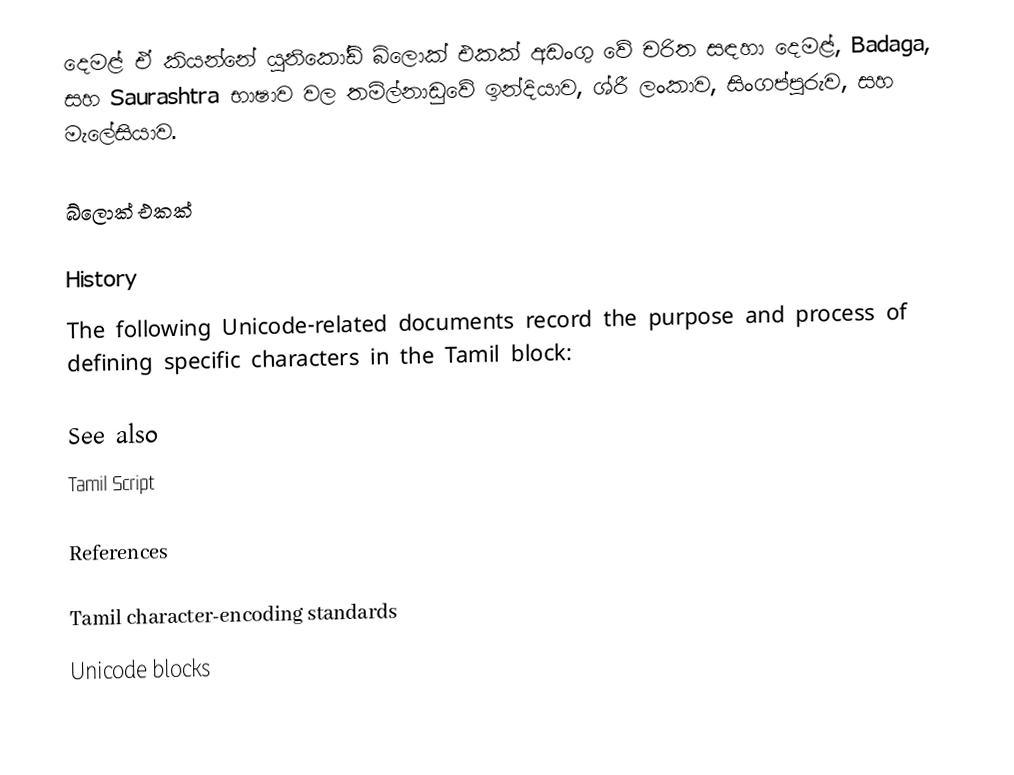
දෙමළ් ඒ කියන්නේ යුනිකෝඩ් බ්ලොක් එකක් අඩංගු වේ චරිත සඳහා දෙමළ්, Badaga, සහ Saurashtra භාෂාව වල තමිල්නාඩුවේ ඉන්දියාව, ශ්රී ලංකාව, සිංගප්පූරුව, සහ මැලේසියාව.

බ්ලොක් එකක්

History
The following Unicode-related documents record the purpose and process of defining specific characters in the Tamil block:

See also
 Tamil Script

References

Tamil character-encoding standards
Unicode blocks